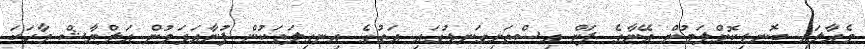
މެއާލައި ބޮނޑިކޮށްލަމުން އޭނާގެ ފަން އިސްތަށިގަނޑުގައި އަތުގެ އިނގިލަތަކުން ފުނާއަޅަމުން އަލްޔާޝް ވާހަކަ